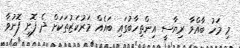
މި މަހު ބާއްވާ ރިޔާސީ އިންތިހާބުގައި ބައެއް މަރުކަޒުތަކަށް ދެ ފޮށި ފޮނުވާ